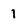
Character: 1